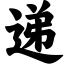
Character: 递